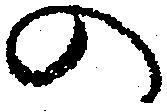
の